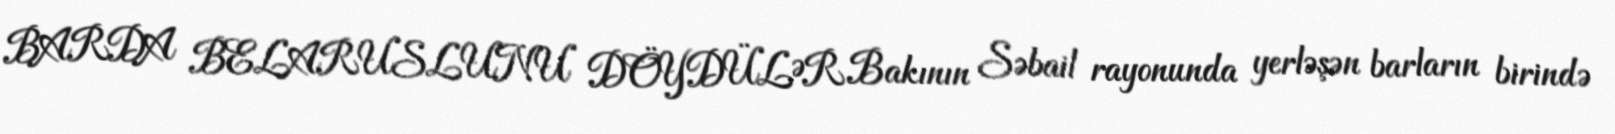
BARDA BELARUSLUNU DÖYDÜLƏR Bakının Səbail rayonunda yerləşən barların birində